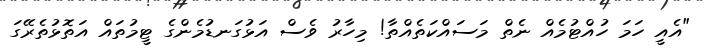
"އެއީ ހަމަ ހުއްޓުމެއް ނެތް މަސައްކަތެއްތާ! މިހާރު ވެސް އަޅުގަނޑުމެންގެ ޓީމުތައް އަތޮޅުތެރޭގަ